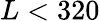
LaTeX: L<320